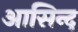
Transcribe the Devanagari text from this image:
आसिन्‍द